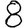
Digit: 8